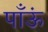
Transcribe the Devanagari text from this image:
पाँऊं